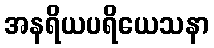
အနရိယပရိယေသနာ